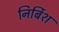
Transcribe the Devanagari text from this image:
निर्बिश